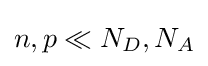
n,p\ll N_{D},N_{A}